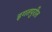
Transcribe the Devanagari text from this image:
इगतपुरीत